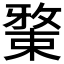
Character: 𱤉